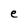
Character: e